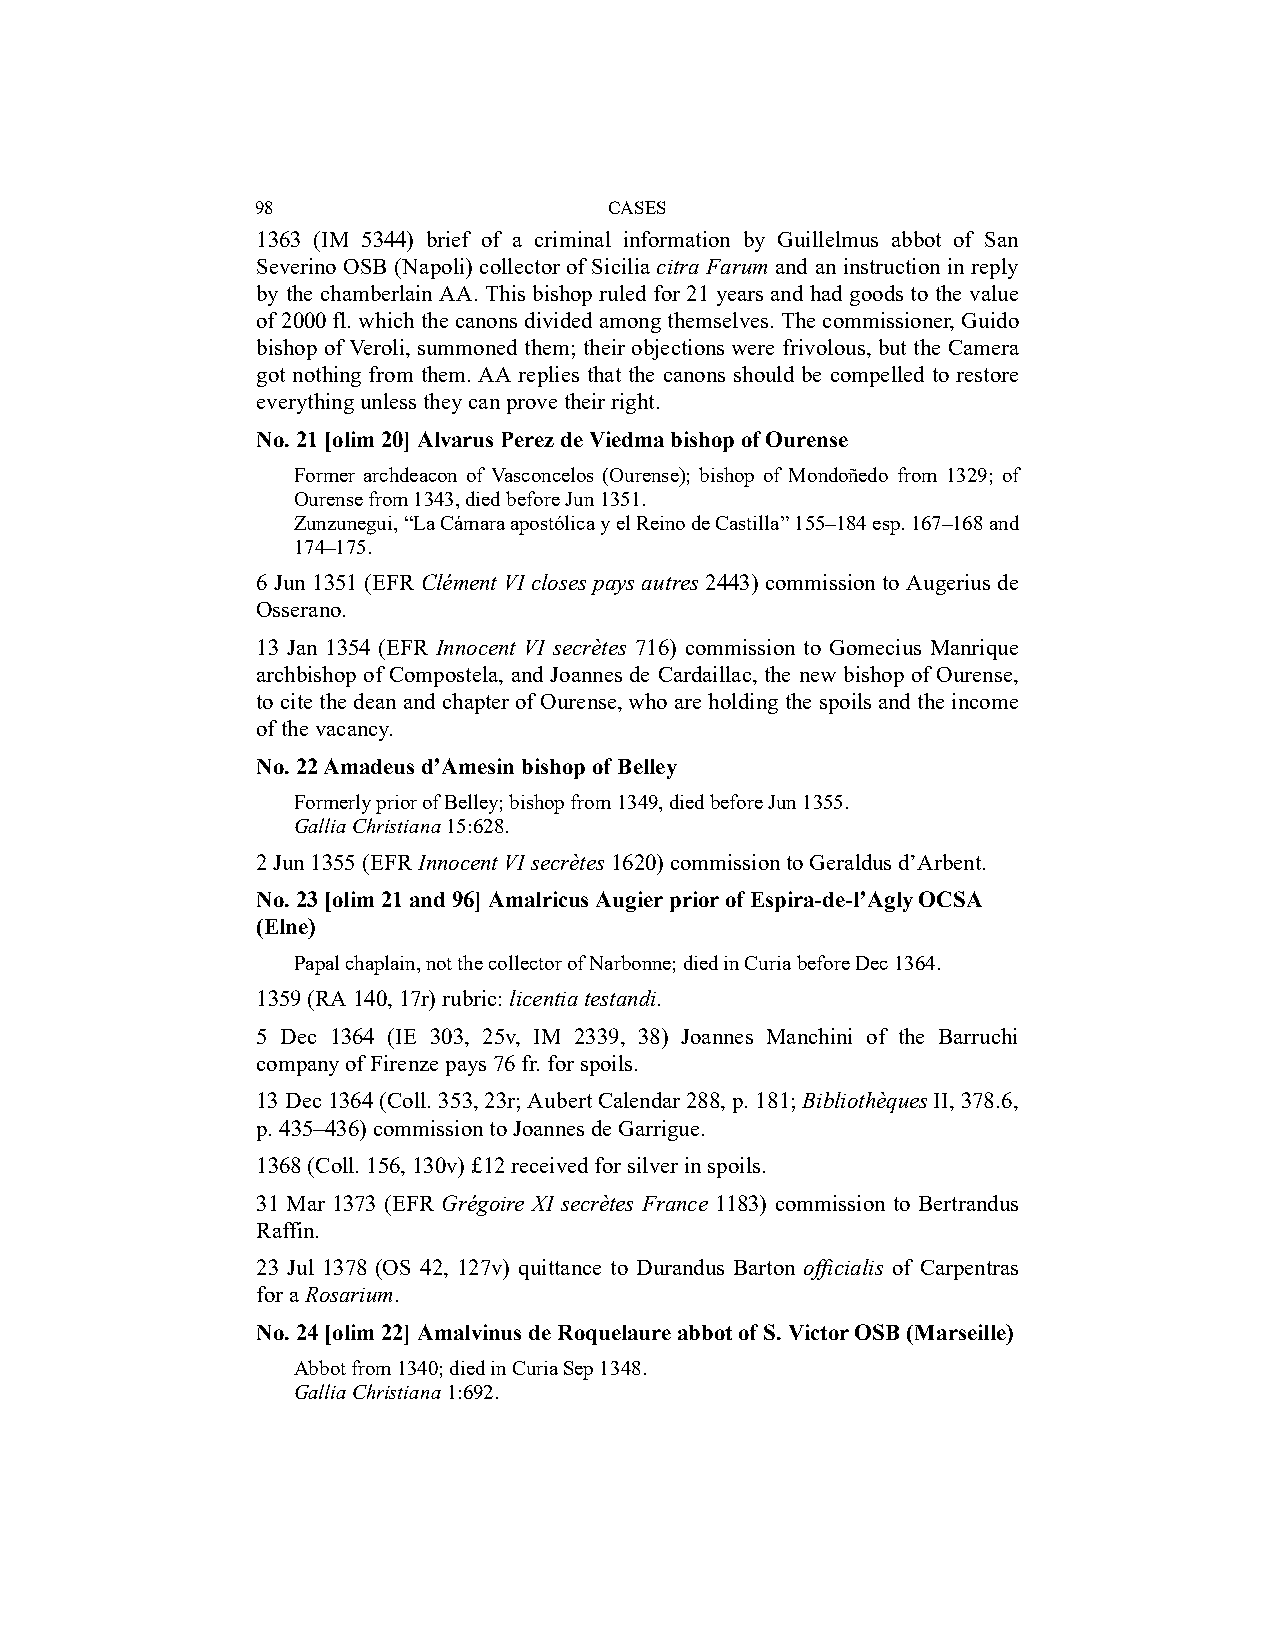
98                     CASES
 1363 (IM 5344) brief of a criminal information by Guillelmus abbot of San
 Severino OSB (Napoli) collector of Sicilia citra Farum and an instruction in reply
 by the chamberlain AA. This bishop ruled for 21 years and had goods to the value
 of 2000 fl. which the canons divided among themselves. The commissioner, Guido
 bishop of Veroli, summoned them; their objections were frivolous, but the Camera
 got nothing from them. AA replies that the canons should be compelled to restore
 everything unless they can prove their right.
 No. 21 [olim 20] Alvarus Perez de Viedma bishop of Ourense
 Former archdeacon of Vasconcelos (Ourense); bishop of Mondoñedo from 1329; of
 Ourense from 1343, died before Jun 1351.
 Zunzunegui, “La Cámara apostólica y el Reino de Castilla” 155–184 esp. 167–168 and
 174–175.
 6 Jun 1351 (EFR Clément VI closes pays autres 2443) commission to Augerius de
 Osserano.
 13 Jan 1354 (EFR Innocent VI secrètes 716) commission to Gomecius Manrique
 archbishop of Compostela, and Joannes de Cardaillac, the new bishop of Ourense,
 to cite the dean and chapter of Ourense, who are holding the spoils and the income
 of the vacancy.
 No. 22 Amadeus d’Amesin bishop of Belley
 Formerly prior of Belley; bishop from 1349, died before Jun 1355.
 Gallia Christiana 15:628.
 2 Jun 1355 (EFR Innocent VI secrètes 1620) commission to Geraldus d’Arbent.
 No. 23 [olim 21 and 96] Amalricus Augier prior of Espira-de-l’Agly OCSA
 (Elne)
 Papal chaplain, not the collector of Narbonne; died in Curia before Dec 1364.
 1359 (RA 140, 17r) rubric: licentia testandi.
 5 Dec 1364 (IE 303, 25v, IM 2339, 38) Joannes Manchini of the Barruchi
 company of Firenze pays 76 fr. for spoils.
 13 Dec 1364 (Coll. 353, 23r; Aubert Calendar 288, p. 181; Bibliothèques II, 378.6,
 p. 435–436) commission to Joannes de Garrigue.
 1368 (Coll. 156, 130v) £12 received for silver in spoils.
 31 Mar 1373 (EFR Grégoire XI secrètes France 1183) commission to Bertrandus
 Raffin.
 23 Jul 1378 (OS 42, 127v) quittance to Durandus Barton officialis of Carpentras
 for a Rosarium.
 No. 24 [olim 22] Amalvinus de Roquelaure abbot of S. Victor OSB (Marseille)
 Abbot from 1340; died in Curia Sep 1348.
 Gallia Christiana 1:692.